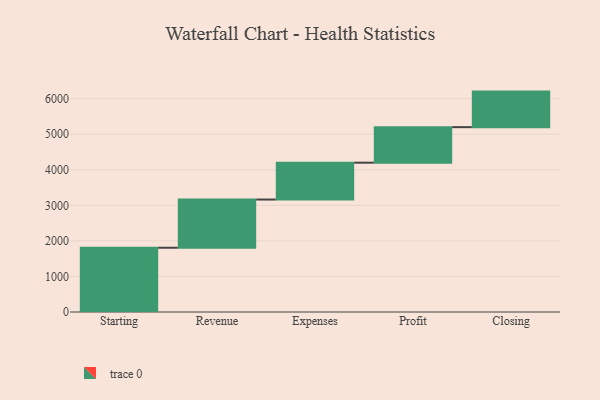
{"axis": {"x": "Step", "y": "Value"}, "legend": [""], "data": [{"x": "Starting", "y": 1808.0, "type": ""}, {"x": "Revenue", "y": 1356.0, "type": ""}, {"x": "Expenses", "y": 1037.0, "type": ""}, {"x": "Profit", "y": 1000, "type": ""}, {"x": "Closing", "y": 1000, "type": ""}]}